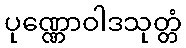
ပုဏ္ဏောဝါဒသုတ္တံ